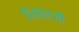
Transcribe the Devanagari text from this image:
ईश्वरजी